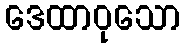
ဒေထာဝုသော